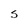
Character: S